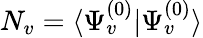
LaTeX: N_{v}=\langle\Psi_{v}^{(0)}|\Psi_{v}^{(0)}\rangle